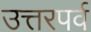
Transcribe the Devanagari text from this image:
उत्तरपर्व